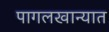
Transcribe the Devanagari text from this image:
पागलखान्यात